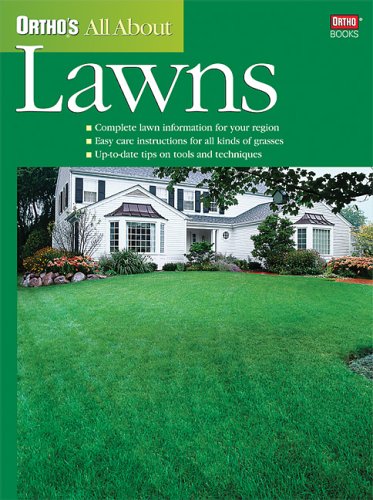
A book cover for Ortho's All About Lawns; Ortho; Crafts, Hobbies & Home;